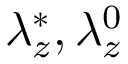
\lambda _ { z } ^ { * } , \lambda _ { z } ^ { 0 }